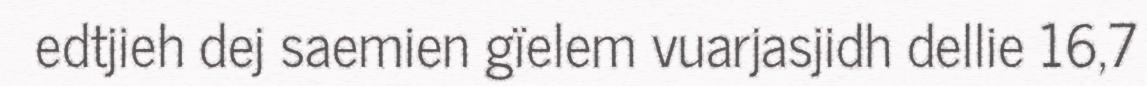
edtjieh dej saemien gïelem vuarjasjidh dellie 16,7